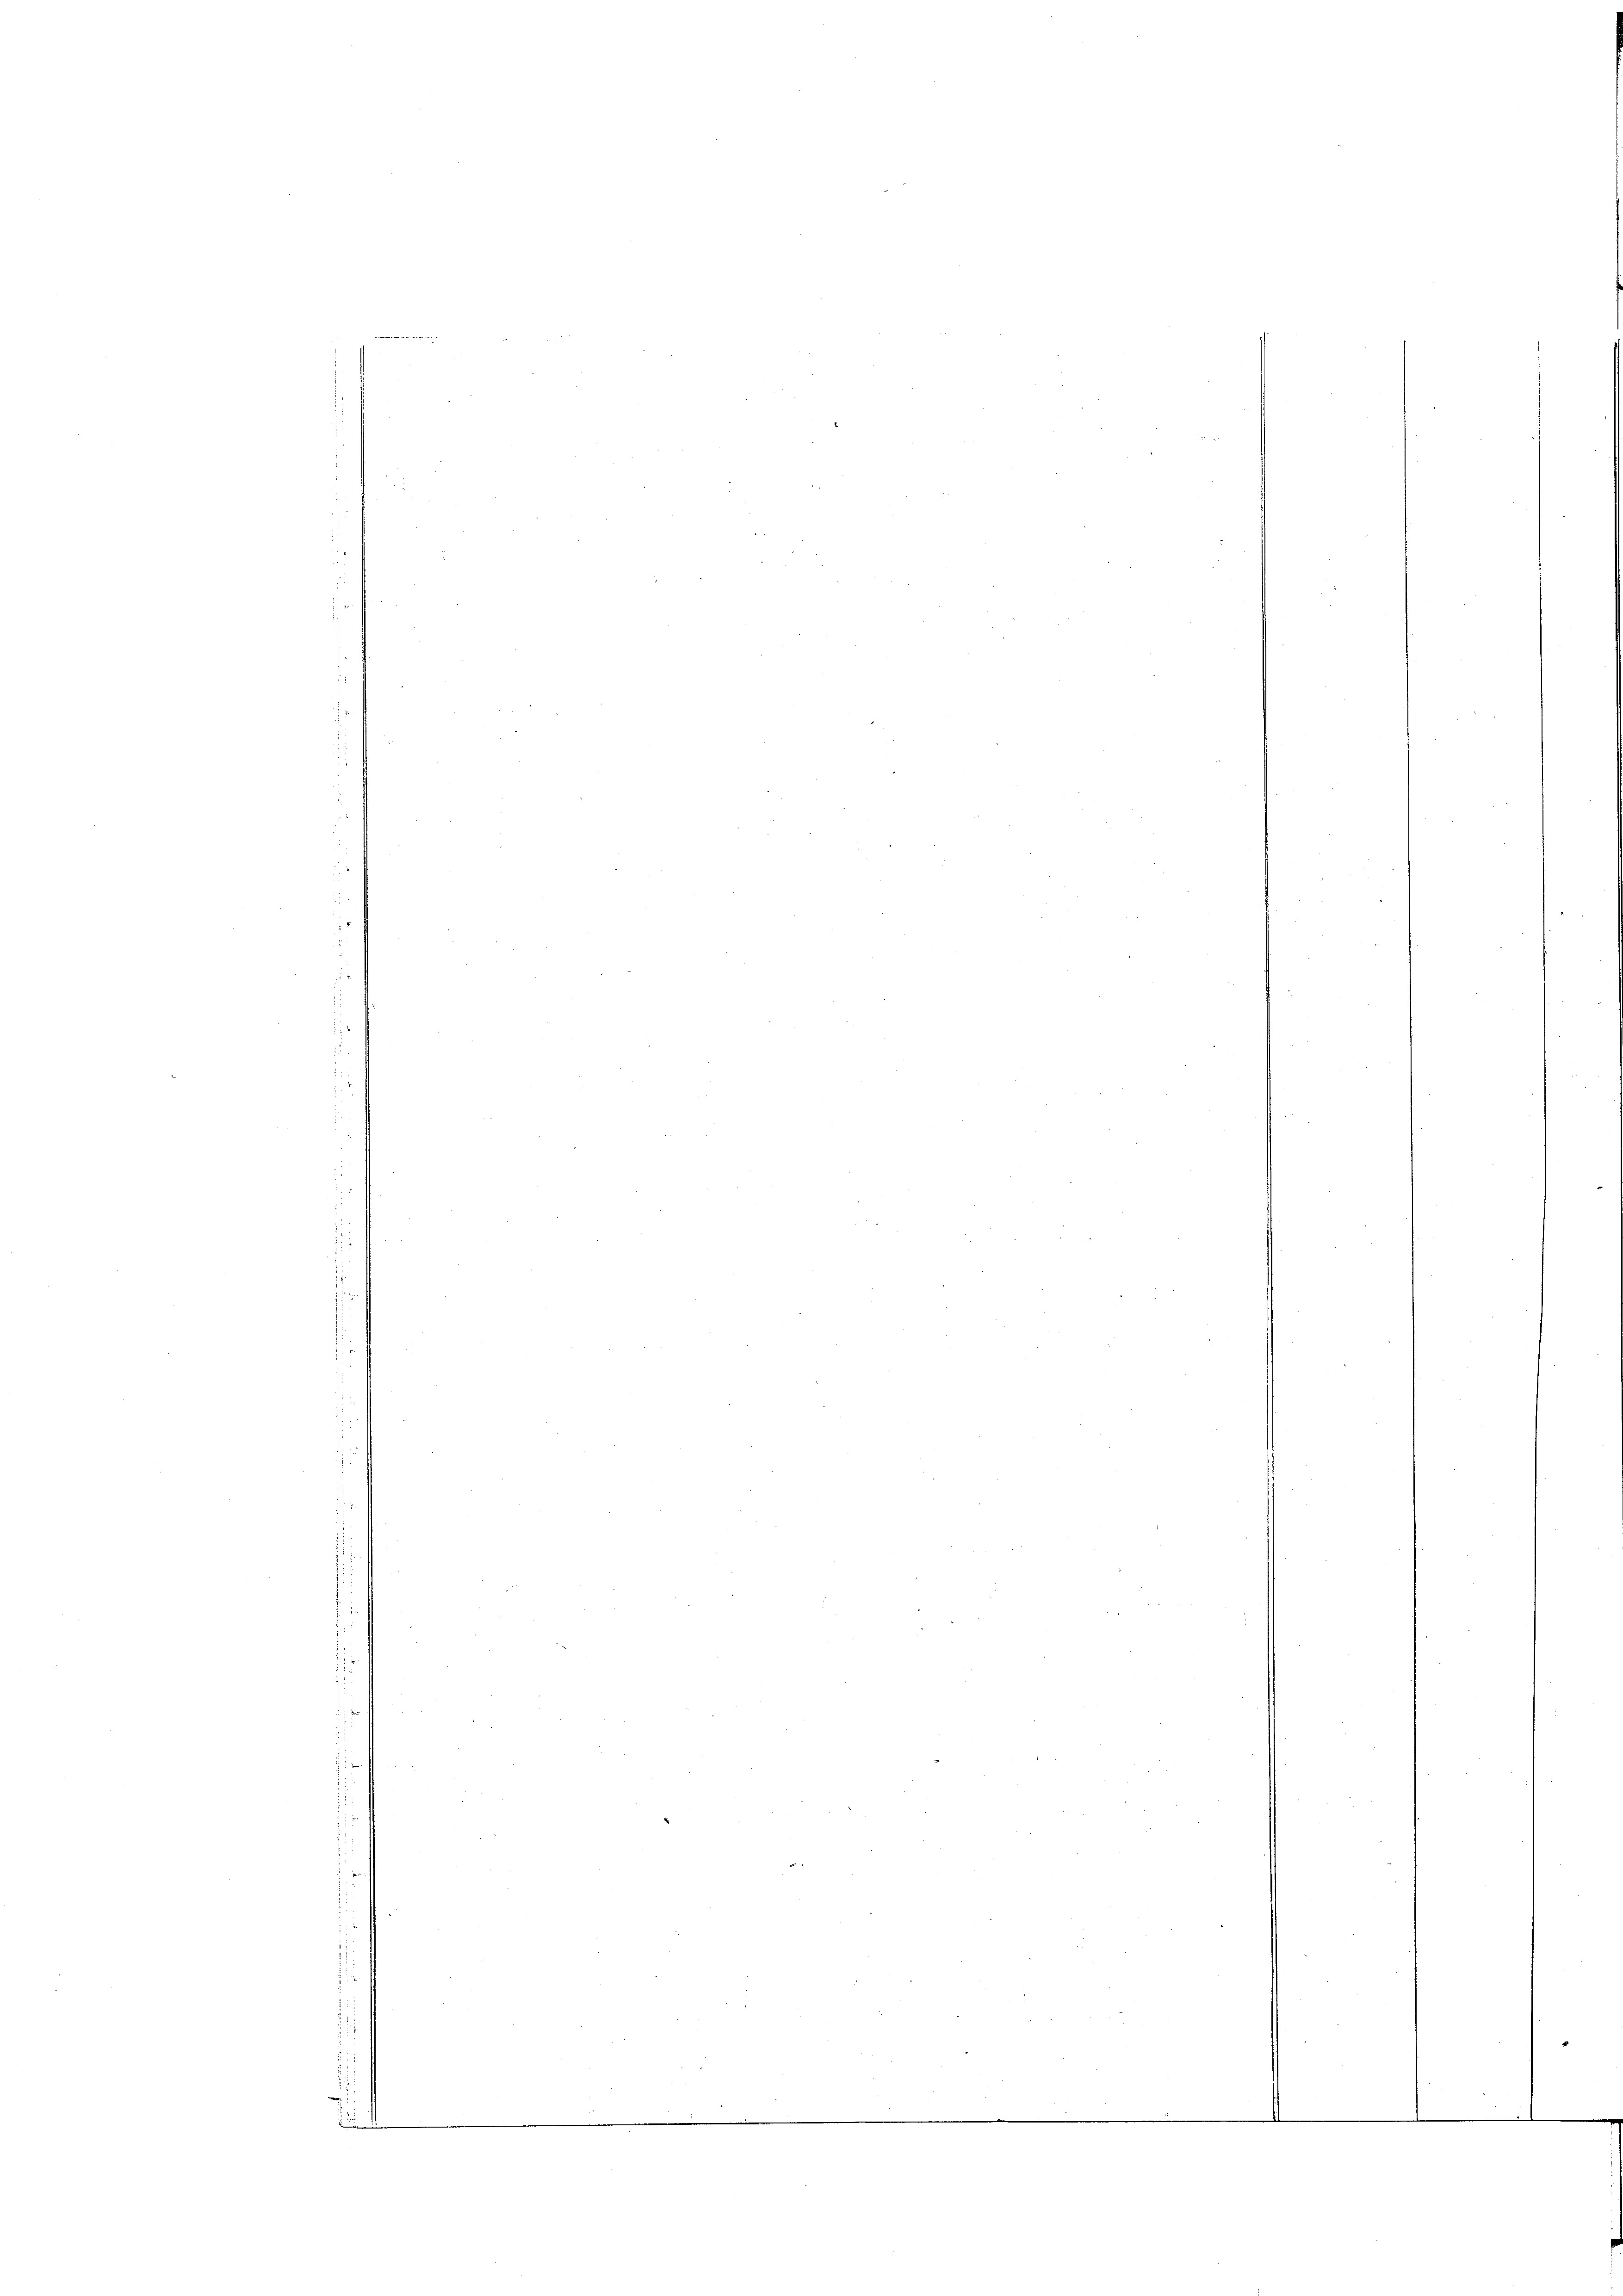
d
22